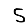
Digit: 5